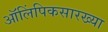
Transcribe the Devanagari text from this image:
ऑलिंपिकसारख्या